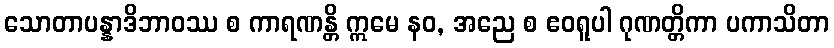
သောတာပန္နာဒိဘာဝဿ စ ကာရဏန္တိ ဣမေ နဝ, အညေ စ ဧဝရူပါ ဂုဏတ္တိကာ ပကာသိတာ